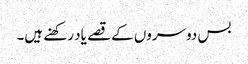
بس دوسروں کے قصے یاد رکھنے ہیں۔